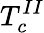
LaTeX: T_{c}^{II}